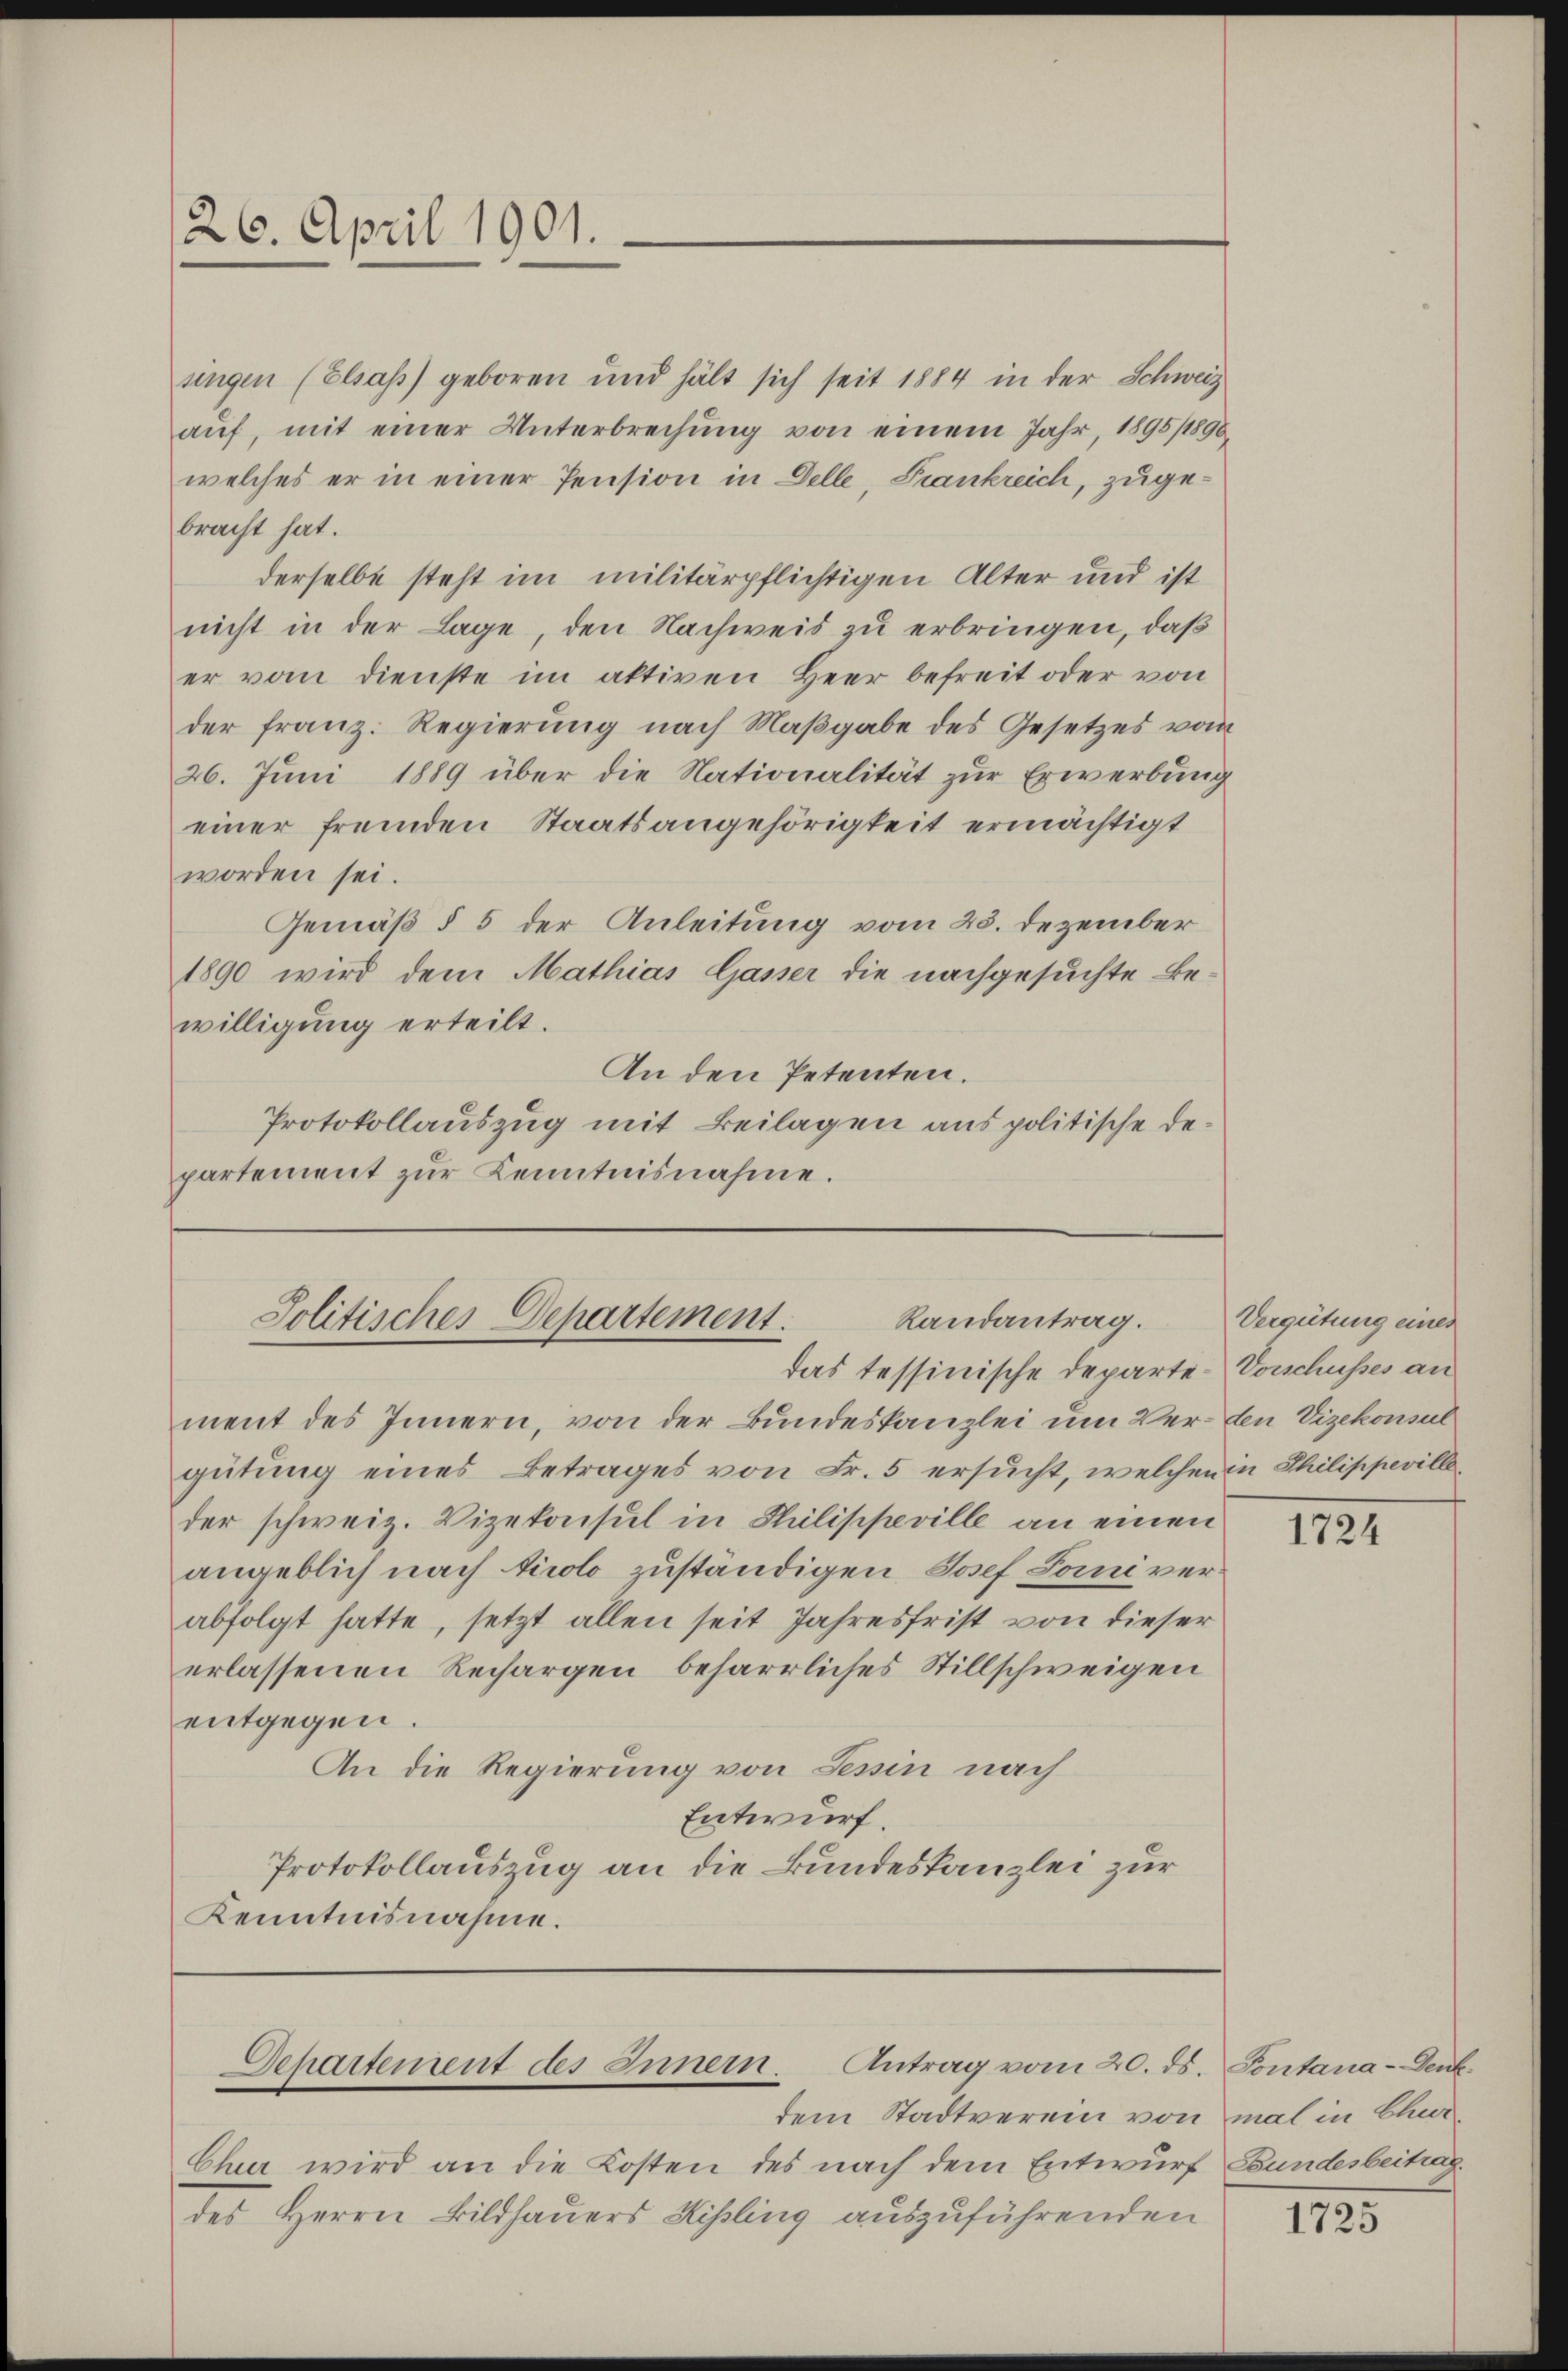
26. April 1901.

singen (Elsass) geboren und hält sich seit 1884 in der Schweiz
aŭf, mit einer Unterbrechung von einem Jahr, 1895/1890
welches er in einer Pension in Delle, Frankreich, zugebracht hat.
derselbe steht im militärpflichtigen Alter und ist
nicht in der Lage, den Nachweis zu erbringen, daß
er vom dienste im aktiven Herr befreit oder von
der franz. Regierung nach Maßgabe des Gesetzes vom
26. Juni 1889 über die Nationalität zur Erwerbung
einer fremden Staatsangehörigkeit ermächtigt
worden sei.
Gemäß § 5 der Anleitung vom 25. Dezember
1890 wird dem Mathias Gasser die nachgesuchte Bewilligung erteilt.
An den Petenten.
Protokollauszug mit Beilagen aus politische Departement zur Kenntnisnahme.

ment des Innern, von der Bundeskanzlei um Ver- den Vizekonsul
gütung eines Betrages von Fr. 5 ersucht, welchen in Philippevilleder schweiz. Vizekonsul in Philippeville an einen
angeblich nach Airolo zuständigen, Josef Tomi verabfolgt hatte, setzt allen seit Jahresfrist von dieser
erlassenen Rechargen beharrliches Stillschweigen
entgegen.
An die Regierung von Sesin nach
Entwurf.
Protokollauszug an die Bundeskanzlei zur
Kenntnisnahme.

Randantrag.
Jolitisches Departement.
das tessinische Departe-Vorschusses an

Separtement des Innern. Antrag vom 20. ds.

dem Stadtverein von mal in Chur
Chur wird an die Kosten des nach dem Entwurf Bundesbeitragdes Herrn Bildhauers Hisling auszuführenden

Vergütung eines

1724

Pontana-Denk.

1725